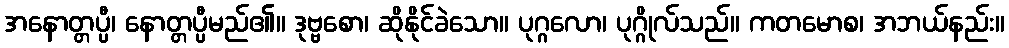
အနောတ္တပ္ပီ၊ နောတ္တပ္ပီမည်၏။ ဒုဗ္ဗစော၊ ဆိုနိုင်ခဲသော။ ပုဂ္ဂလော၊ ပုဂ္ဂိုလ်သည်။ ကတမောစ၊ အဘယ်နည်း။